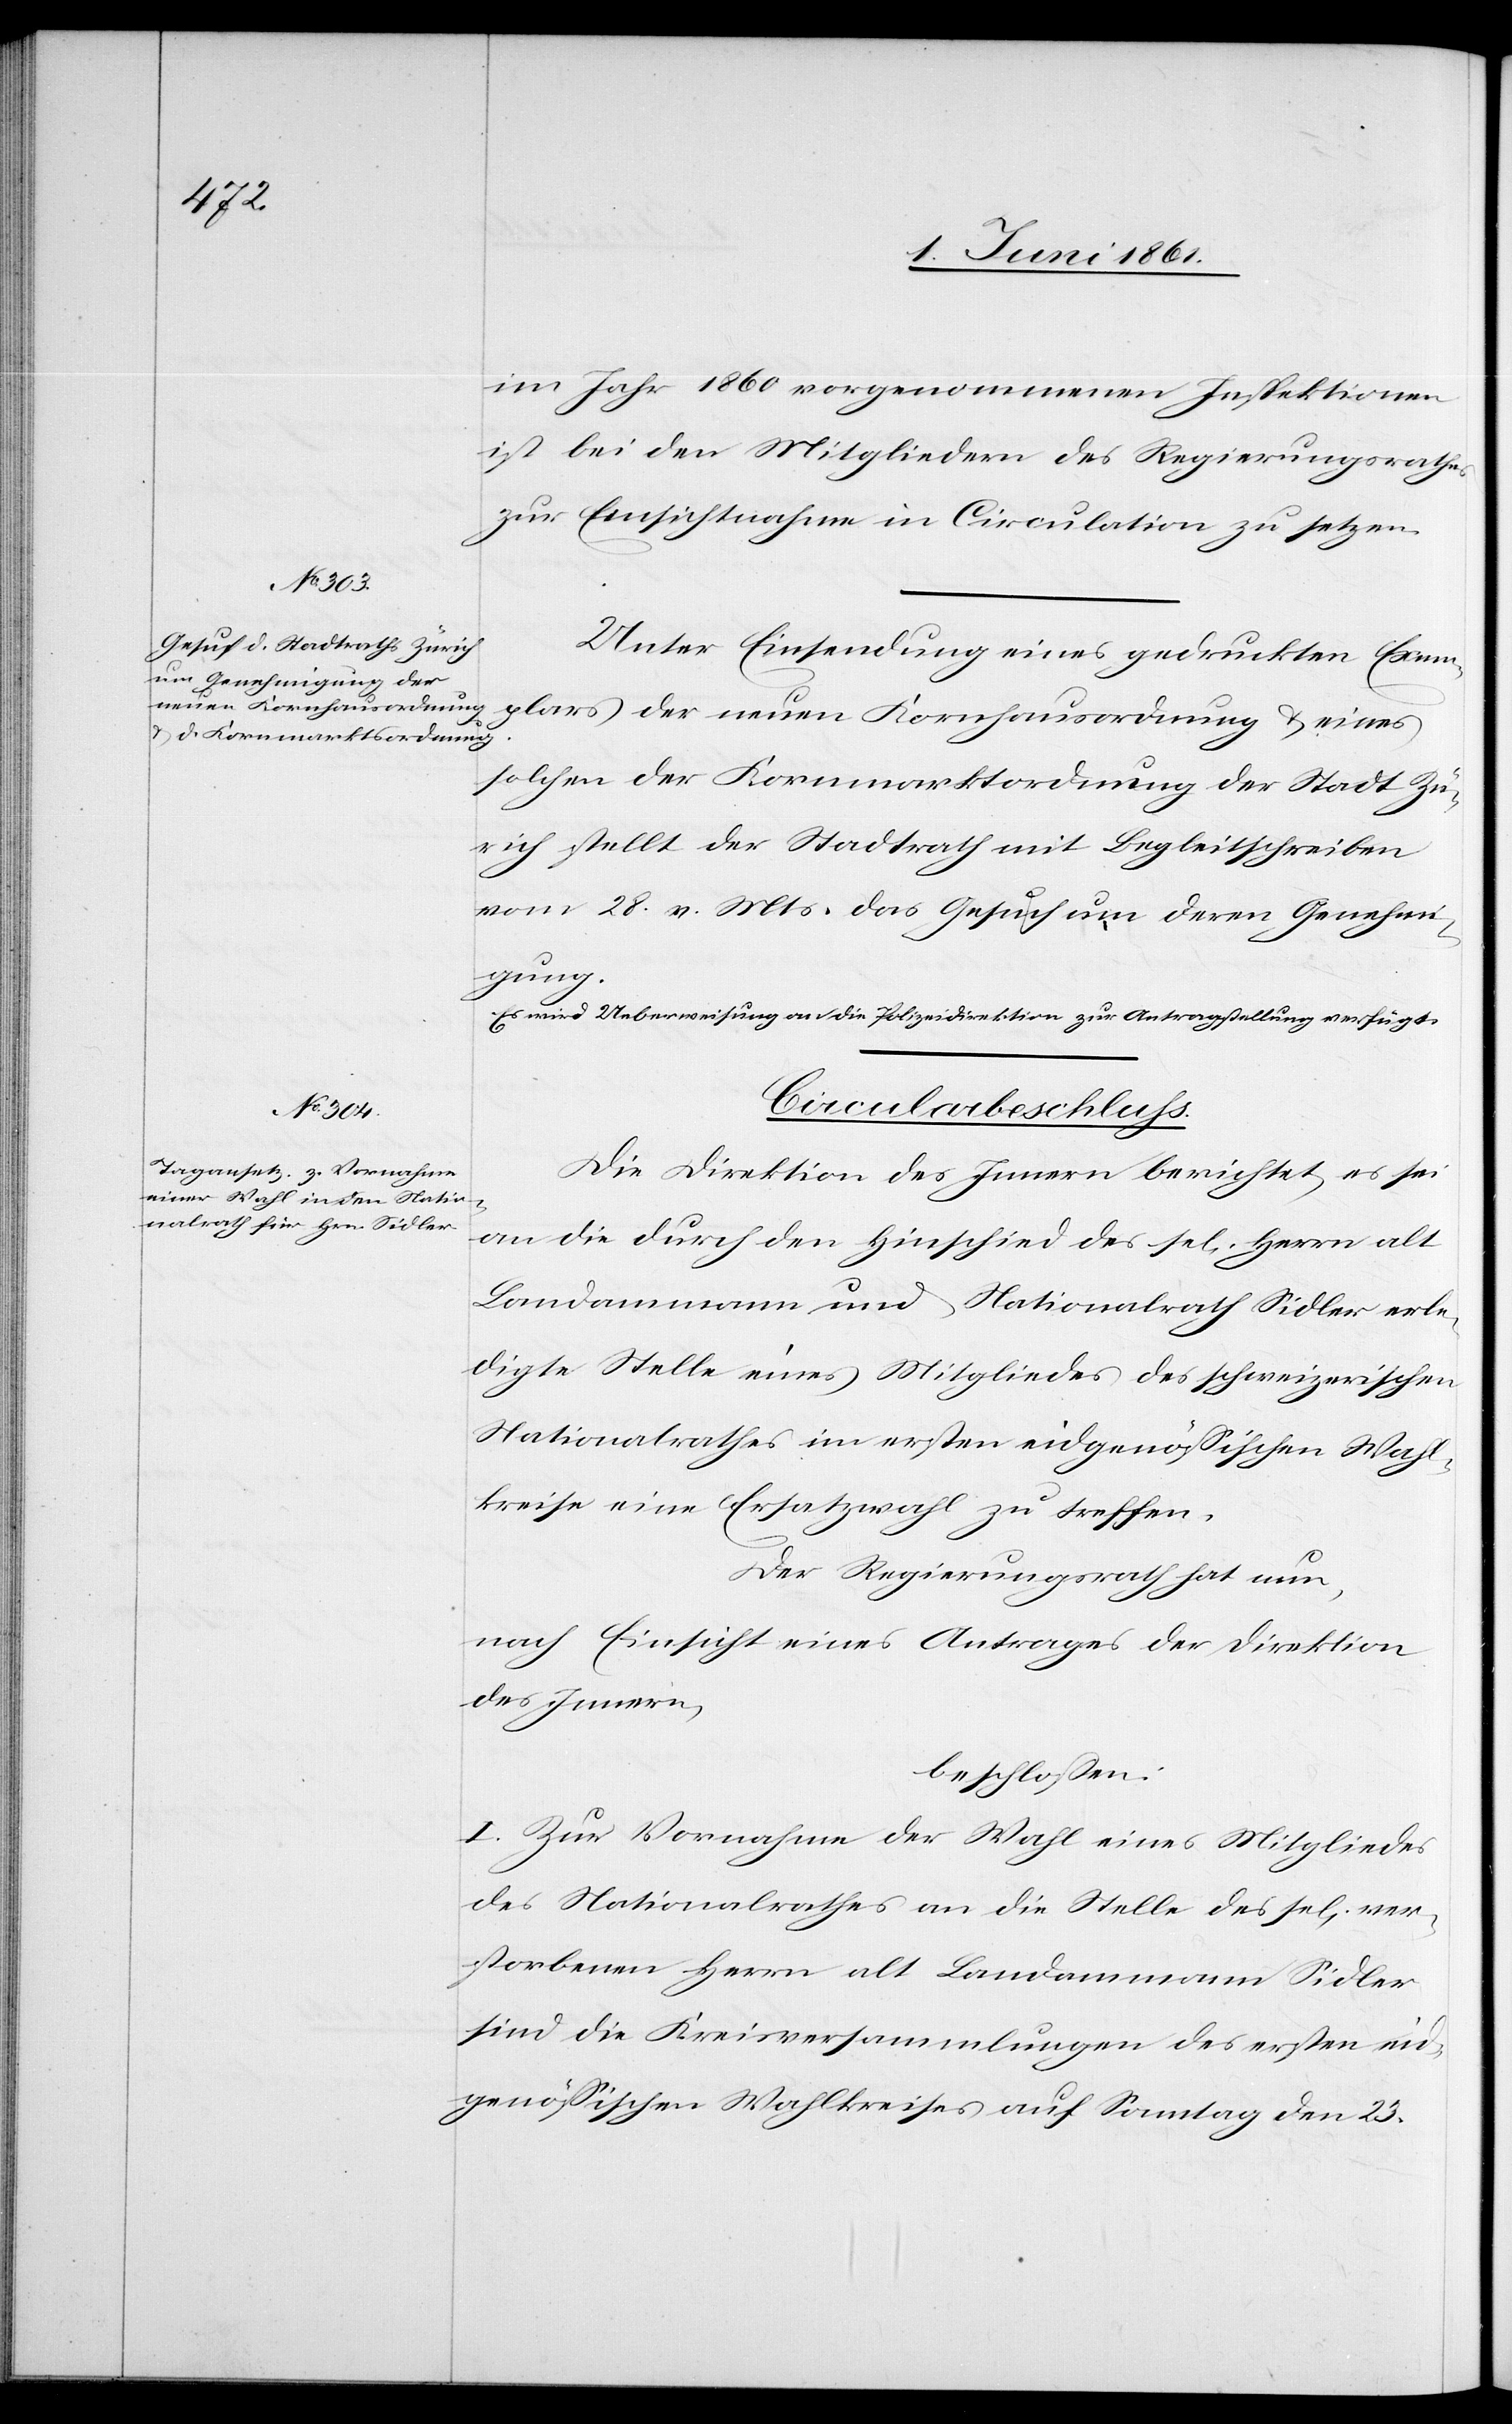
4. Juni 1861.]
im Jahr 1860 vorgenommenen Inspektionen
ist bei den Mitgliedern des Regierungsrathes
zur Einsichtnahme in Circulation zu setzen.
Unter Einsendung eines gedruckten Exem¬
plars der neuen Kornhausordnung u. eines
solchen der Kornmarktsordnung der Stadt Zü¬
rich stellt der Stadtrath mit Begleitschreiben
vom 28. v. Mts. das Gesuch um deren Genehmi¬
gung.
Es wird Ueberweisung an die Polizeidirektion zur Antragstellung verfügt.
Circularbeschluss.
Die Direktion des Innern berichtet es sei
an die durch den Hinschied des se[ligen] Herrn alt
Landammann und Nationalrath Sidler erle¬
digte Stelle eines Mitgliedes des schweizerischen
Nationalrathes im ersten eidgenössischen Wahl¬
kreise eine Ersatzwahl zu treffen.
Der Regierungsrath hat nun,
nach Einsicht eines Antrages der Direktion
des Innern,
beschlossen:
I. Zur Vornahme der Wahl eines Mitgliedes
des Nationalrathes an die Stelle des se[lig] ver¬
storbenen Herrn alt Landammann Sidler
sind die Kreisversammlungen des ersten eid¬
genössischen Wahlkreises auf Sonntag den 23.